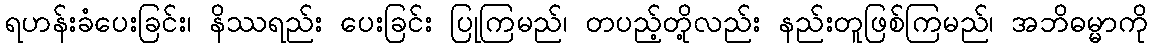
ရဟန်းခံပေးခြင်း၊ နိဿရည်း ပေးခြင်း ပြုကြမည်၊ တပည့်တို့လည်း နည်းတူဖြစ်ကြမည်၊ အဘိဓမ္မာကို